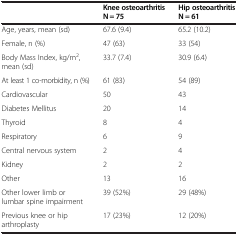
|  | Knee osteoarthritis N = 75 | Hip osteoarthritis N = 61 |
 | --- | --- | --- |
 | Age, years, mean (sd) | 67.6 (9.4) | 65.2 (10.2) |
 | Female, n (%) | 47 (63) | 33 (54) |
 | Body Mass Index, kg/m2, mean (sd) | 33.7 (7.4) | 30.9 (6.4) |
 | At least 1 co-morbidity, n (%) | 61 (83) | 54 (89) |
 | Cardiovascular | 50 | 43 |
 | Diabetes Mellitus | 20 | 14 |
 | Thyroid | 8 | 4 |
 | Respiratory | 6 | 9 |
 | Central nervous system | 2 | 4 |
 | Kidney | 2 | 2 |
 | Other | 13 | 16 |
 | Other lower limb or lumbar spine impairment | 39 (52%) | 29 (48%) |
 | Previous knee or hip arthroplasty | 17 (23%) | 12 (20%) |